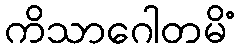
ကိသာဂေါတမိံ